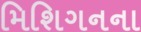
મિશિગનના